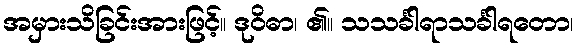
အမှားသိခြင်းအားဖြင့်။ ဒုဝိဓာ၊ ၏။ သသင်္ခါရာသင်္ခါရတော၊